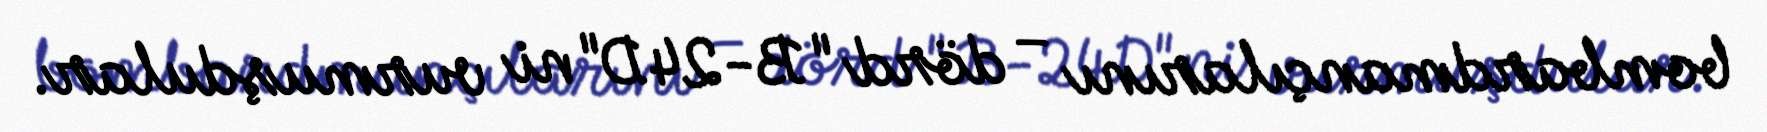
bombardmançılarını – dörd "B-24D"ni vurmuşdular.